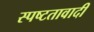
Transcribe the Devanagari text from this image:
स्पष्टतावादी